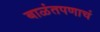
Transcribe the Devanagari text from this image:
बाळंतपणाचं